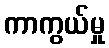
ကာကွယ်မှု